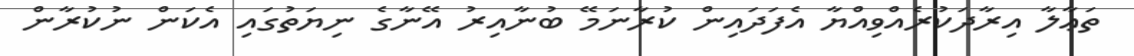
ތަޢާލާ އިރާދަކުރެއްވިއްޔާ އެފަދައިން ކުރާނަމޭ ބުނާއިރު އޭނާގެ ނިޔަތުގައި އެކަން ނުކުރާން